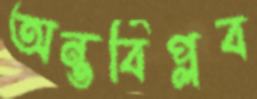
অন্তর্বিপ্লব